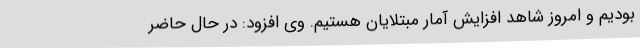
بودیم و امروز شاهد افزایش آمار مبتلایان هستیم. وی افزود: در حال حاضر